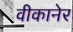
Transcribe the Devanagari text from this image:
वीकानेर